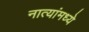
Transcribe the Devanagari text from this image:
नात्यांमध्ये